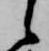
候